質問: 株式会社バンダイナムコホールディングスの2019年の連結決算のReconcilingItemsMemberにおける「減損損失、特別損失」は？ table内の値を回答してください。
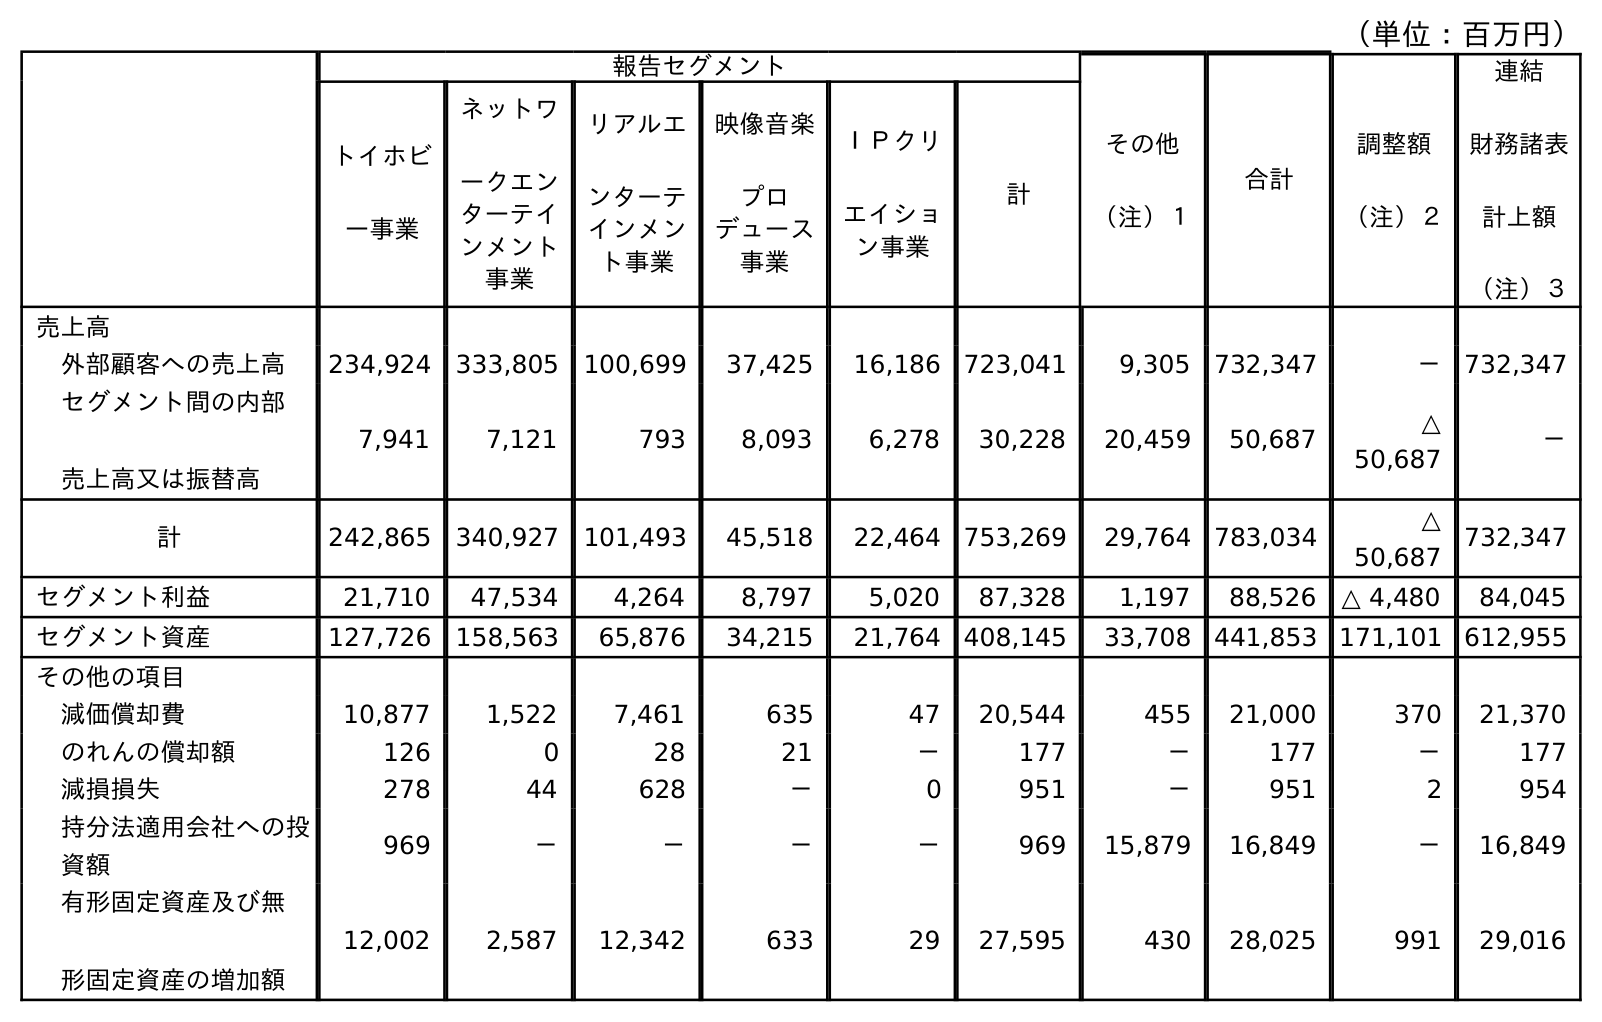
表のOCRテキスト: （単位：百万円） 報告セグメント その他 （注）１ 合計 調整額 （注）２ 連結 財務諸表 計上額 （注）３ トイホビ ー事業 ネットワ ークエン ターテイ ンメント 事業 リアルエ ンターテ インメン ト事業 映像音楽 プロ デュース 事業 ＩＰクリ エイショ ン事業 計 売上高 外部顧客への売上高 234,924 333,805 100,699 37,425 16,186 723,041 9,305 732,347 － 732,347 セグメント間の内部 売上高又は振替高 7,941 7,121 793 8,093 6,278 30,228 20,459 50,687 △ 50,687 － 計 242,865 340,927 101,493 45,518 22,464 753,269 29,764 783,034 △ 50,687 732,347 セグメント利益 21,710 47,534 4,264 8,797 5,020 87,328 1,197 88,526 △ 4,480 84,045 セグメント資産 127,726 158,563 65,876 34,215 21,764 408,145 33,708 441,853 171,101 612,955 その他の項目 減価償却費 10,877 1,522 7,461 635 47 20,544 455 21,000 370 21,370 のれんの償却額 126 0 28 21 － 177 － 177 － 177 減損損失 278 44 628 － 0 951 － 951 2 954 持分法適用会社への投 資額 969 － － － － 969 15,879 16,849 － 16,849 有形固定資産及び無 形固定資産の増加額 12,002 2,587 12,342 633 29 27,595 430 28,025 991 29,016
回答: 2